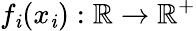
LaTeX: f_{\mathit{i}}(x_{\mathit{i}}):\mathbb{{R}}\to\mathbb{{R}}^{+}